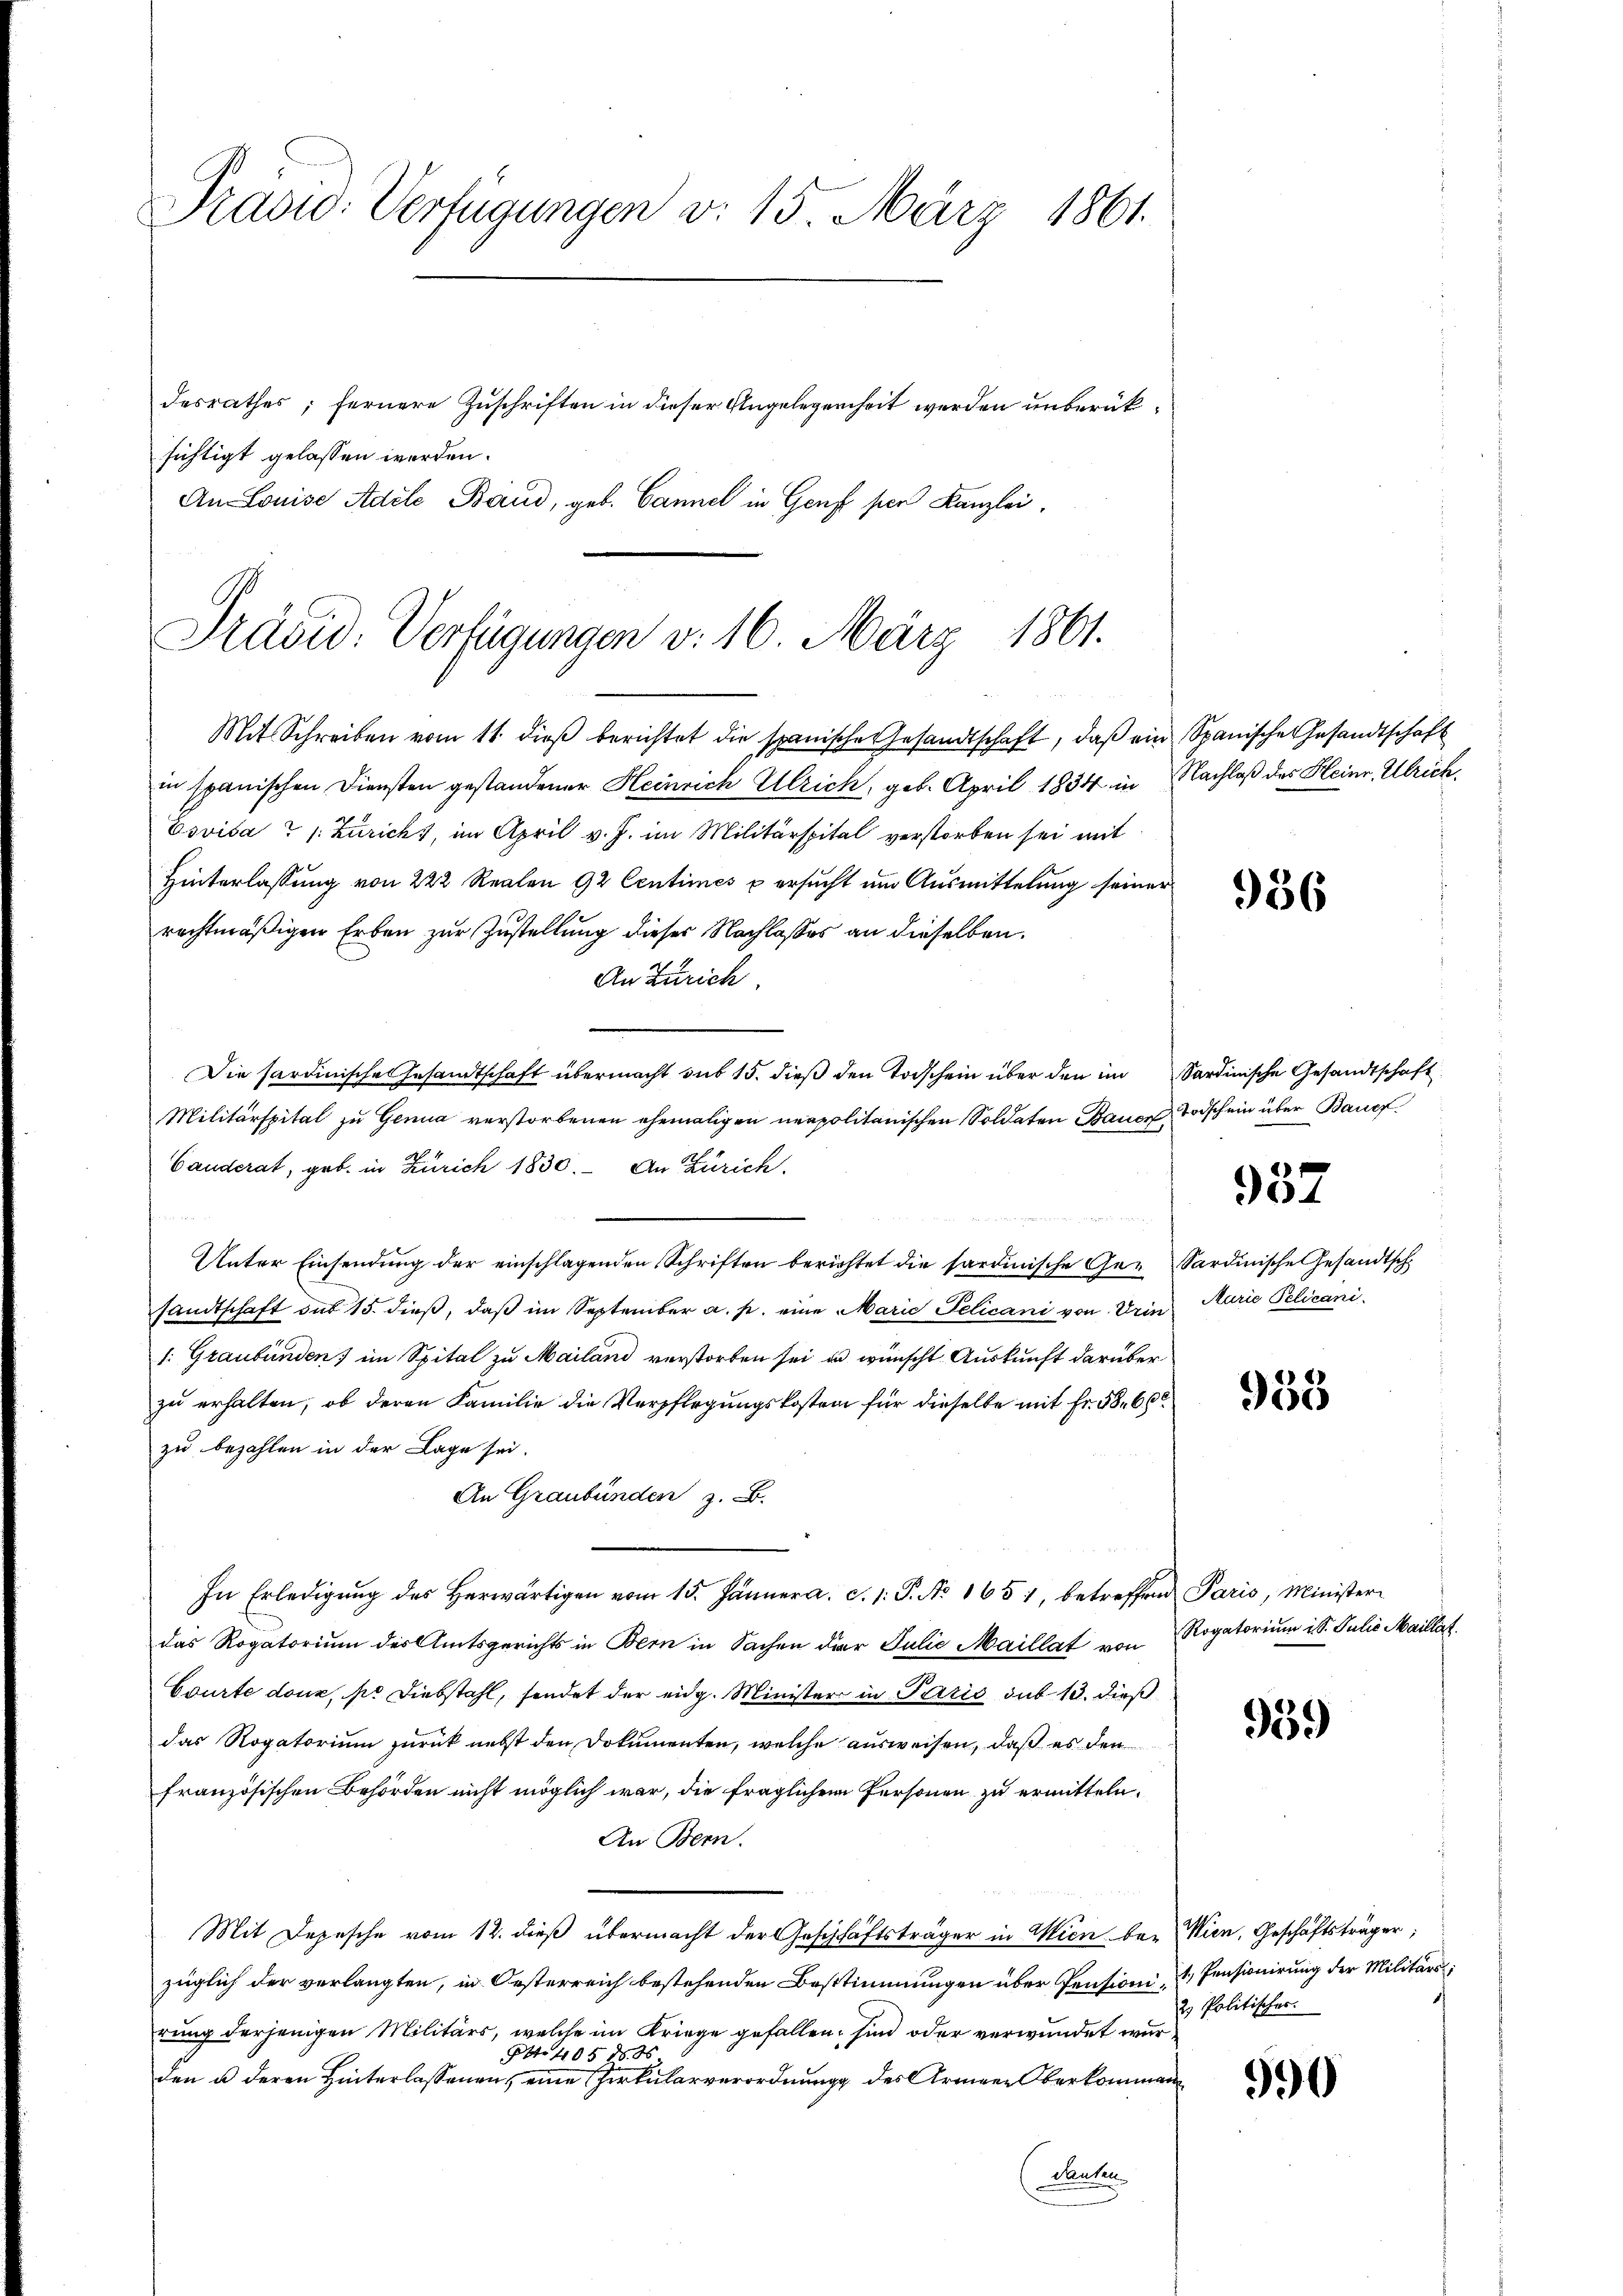
Präsid. Verfügungen v. 15. März 1861.
desrathes; fernere Zuschriften in dieser Angelegenheit werden unberüksichtigt gelassen werden.
An Louise Adele Band, geb. Cannel in Genf per Kanzlei,

Mit Schreiben vom 11. dieβ berichtet die spanische Gesandtschaft, daß ein Spanische Gesandtschaft
in spanischen Diensten gestandener Heinrich Ulrich, geb. April 1834 in Nachlaß des Heinr. Ulrich,
Esvisa ? /: Züricht, im April v. J. im Militärspital verstorben sei mit
Hinterlassŭng von 222 Realen 92 Centimes u ersŭcht um Ausmittelung seiner
rechtmäßigen Erben zur Zustellung dieser Nachlasses an dieselben.
An Zürich
Die sardinische Gesandtschaft übermacht sub 15. dieß den Todschein über den im Sardinische Gesandtschaft
Militärspital zu Genua verstorbenen ehemaligen neapolitanischen Soldaten Bauer Todschein über Bauef¬
Canderat, geb. in Zürich 1830. An Zürich.
Unter Einsendung der einschlagenden Schriften berichtet die sardinische Ge- Sardinische Gesandtsch
sandtschaft aus 15. dieß, daß im September a. p. eine Marie Pelicani von Urin Marie Pelicani
1: Graubünden) im Spital zu Mailand verstorben sei, u wünscht. Auskunft darüber
zu erhalten, ob deren Familie die Verpflegungskosten für dieselbe mit Fr. 58. 600
zu bezahlen in der Lage sei.
An Graubünden z. B.
In Erledigŭng des herwärtigen vom 15. Jänner a. c. 1. P. No 1651, betreffend Paris, Minister-
das Rogatorium des Amtsgerichts in Bern in Sachen der Julio Maillat von Rogatorium i S. Julio Maillet
Courte douz, pr Diebstahl, sendet der eidg. Minister in Paris sub 13. dieß
das Rogatorium zurück nebst den Dokumenten, welche ausweisen, daß es den
französischen Behörden nicht möglich war, die fraglichen Personen zu ermitteln.
An Bern.
Mit Depesche vom 12. dieß übermacht der Geschäftsträger in Wien be- Wien, Geschäftsträger;
züglich der verlangten, in Oesterreich bestehenden Bestimmungen über Pensioni, 1 Pensionirung der Militärs
rung derjenigen Militärs, welche im Kriege gefallen, sind oder verwundet wur¬
Otto. 405 f. 86
den u deren Hinterlassenen, eine Zerkularverordnung des Armeen Oberkommen
Bahn

Präsid. Verfügungen v. 16. März 1861.

956

957

955

959

990

2. Politischer.